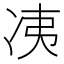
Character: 𰃼